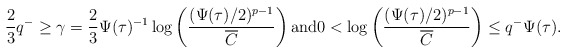
\begin{align*}\frac{2}{3}q^- \geq \gamma=\frac{2}{3}\Psi(\tau)^{-1}\log\left(\frac{(\Psi(\tau)/2)^{p-1}}{\overline{C}}\right) \textrm{and}0<\log\left(\frac{(\Psi(\tau)/2)^{p-1}}{\overline{C}}\right) \leq q^- \Psi(\tau).\end{align*}